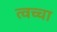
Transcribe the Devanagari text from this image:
त्वच्चा